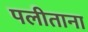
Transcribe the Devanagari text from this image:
पलीताना